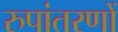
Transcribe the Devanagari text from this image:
रुपांतरणों